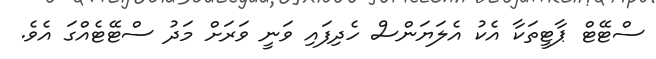
ސްޓޭޓް ޕާޓީތަކާ އެކު އެލަޔަންސް ހެދިފައި ވަނީ ވަރަށް މަދު ސްޓޭޓެއްގަ އެވެ.